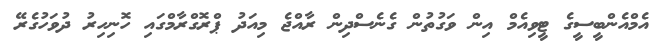
އެމްއެންބީސީގެ ޓީވިއެމް އިން ވަގުތުން ގެނެސްދިން ރާއްޖެ މިއަދު ޕްރޮގްރާމްގައި ހޮނިހިރު ދުވަހުގެރޭ